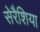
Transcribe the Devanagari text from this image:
सेरैशिया